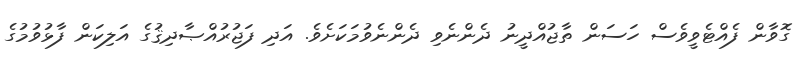
ގޮވާން ފެއްޓެވީވެސް ހަސަން ތާޖުއްދީނު ދެންނެވި ދެންނެވުމަކަށެވެ. އަދި ފަޖުރުއްޞާދިޤުގެ އަލިކަން ފާޅުވުމުގެ